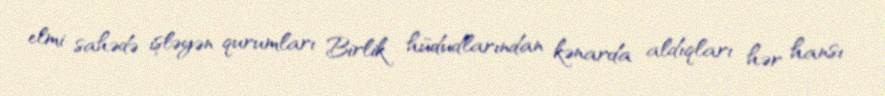
elmi sahədə işləyən qurumları Birlik hüdudlarından kənarda aldıqları hər hansı